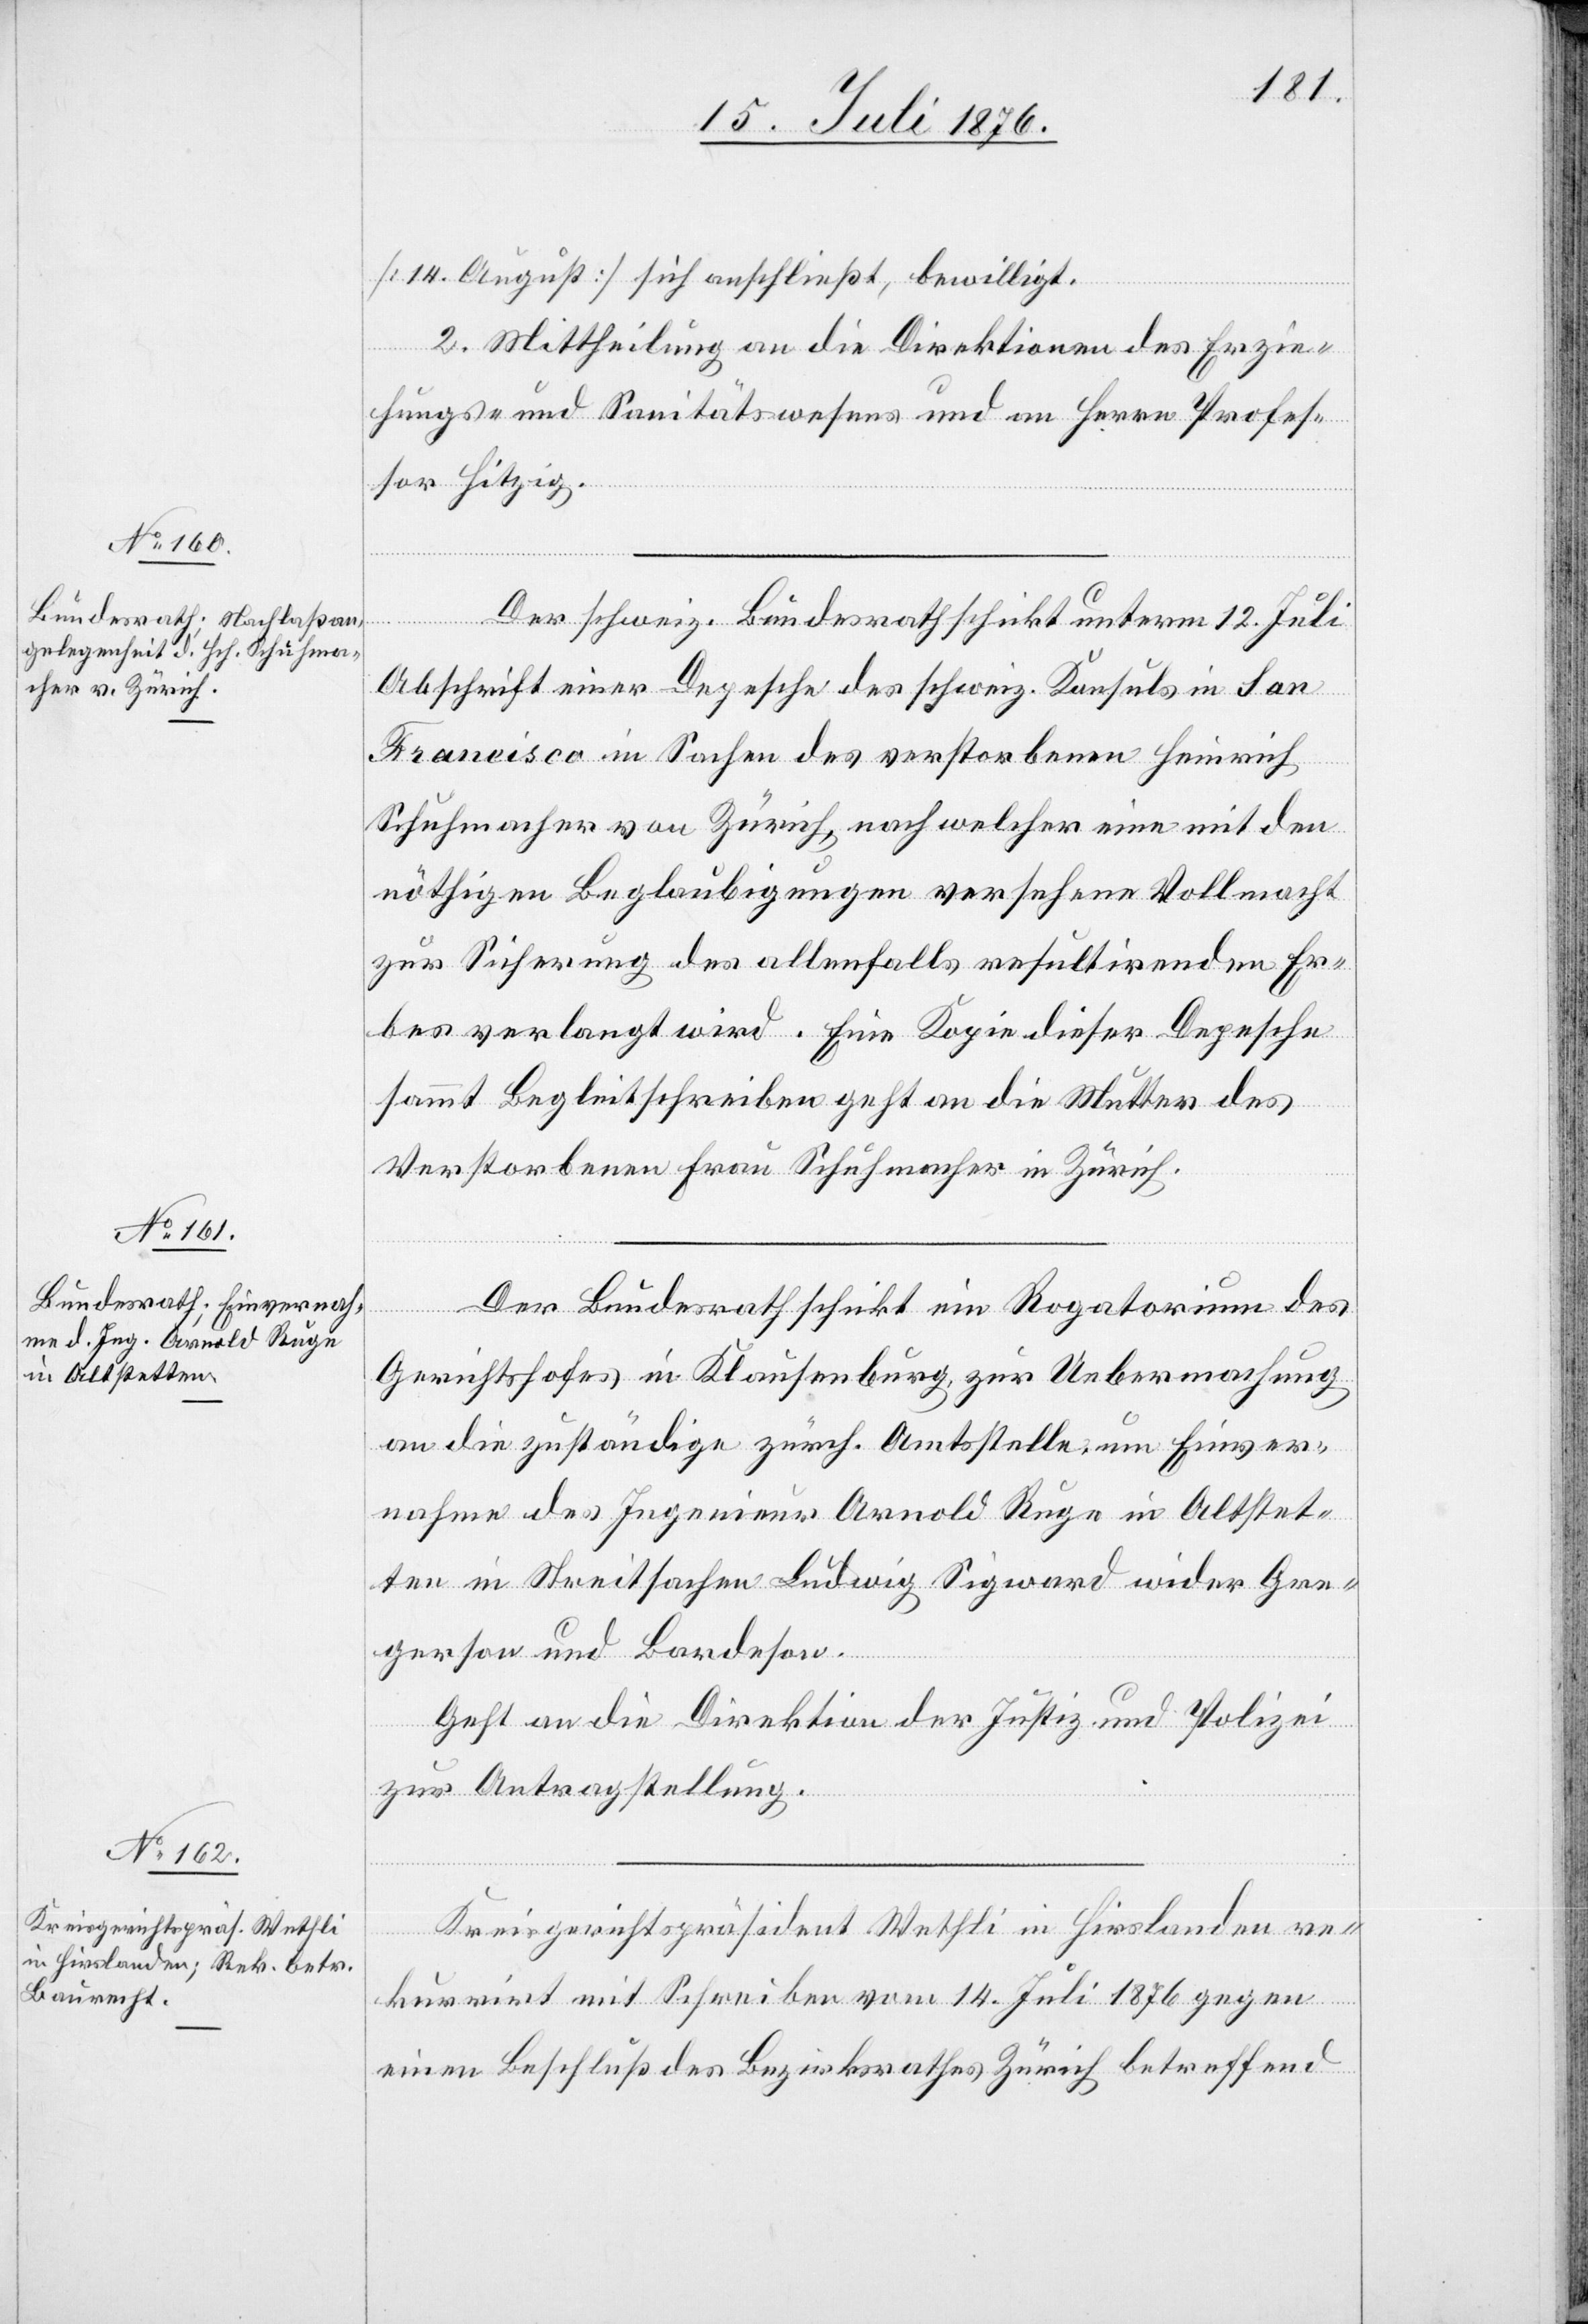
15. Juli 1876.]
[14. August] sich anschließt, bewilligt.
2. Mittheilung an die Direktionen des Erzie¬
hungs- und Sanitätswesens und an Herrn Profes¬
sor Hitzig.
Der schweiz. Bundesrath schickt unterm 12. Juli
Abschrift einer Depesche des schweiz. Konsuls in San
Francisco in Sachen des verstorbenen Heinrich
Schuhmacher von Zürich, nach welcher eine mit den
nöthigen Beglaubigungen versehene Vollmacht
zur Sicherung des allenfalls resultirenden Er¬
bes verlangt wird. Eine Kopie dieser Depesche
sammt Begleitschreiben geht an die Mutter des
Verstorbenen Frau Schuhmacher in Zürich.
Der Bundesrath schickt ein Rogatorium des
Gerichtshofes in Klausenburg, zur Uebermachung
an die zuständige zürch. Amtsstelle, um Einver¬
nahme des Ingenieur Arnold Ruge in Altstet¬
ten in Streitsachen Ludwig Sigward wider Gre¬
gerson und Bardeson.
Geht an die Direktion der Justiz und Polizei
zur Antragstellung.
Kreisgerichtspräsident Wethli in Hirslanden re¬
kurrirt mit Schrieben vom 14. Juli 1876 gegen
einen Beschluß des Bezirksrathes Zürich betreffend